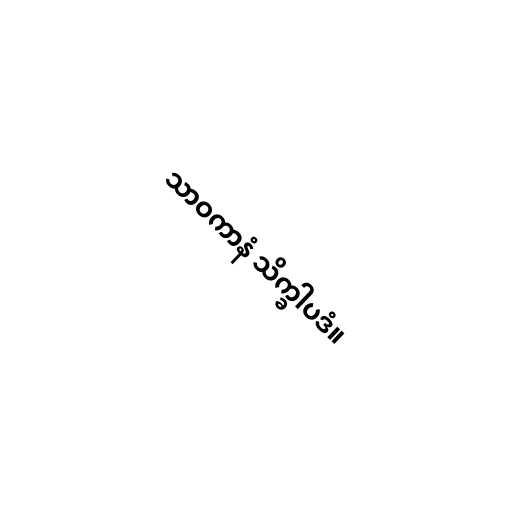
သာဝကာနံ သိက္ခါပဒံ။